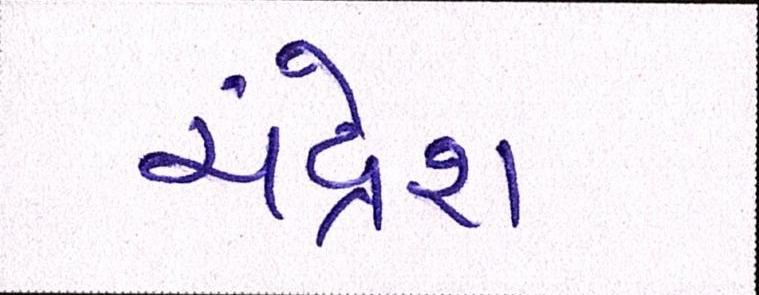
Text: ચંદ્રેશ